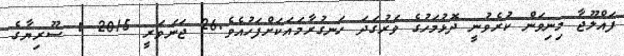
ފައްލޫޖާ މިނިވަން ކުރެވުނީ ދޮޅުމަހުގެ ވަރުގަދަ ހަނގުރާމައަކަށްފަހުއެވެ.26 ޖަނަވަރީ 2015 : ސޫރިޔާގެ